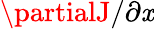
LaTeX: \partialJ/\partial\mathit{x}